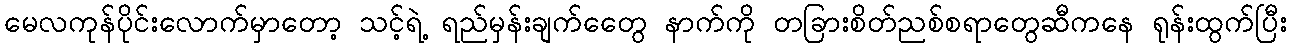
မေလကုန်ပိုင်းလောက်မှာတော့ သင့်ရဲ့ ရည်မှန်းချက်တွေေ နာက်ကို တခြားစိတ်ညစ်စရာတွေဆီကနေ ရုန်းထွက်ပြီး